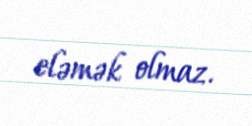
eləmək olmaz.